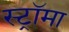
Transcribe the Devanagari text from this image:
स्ट्राॅमा